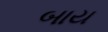
બાય